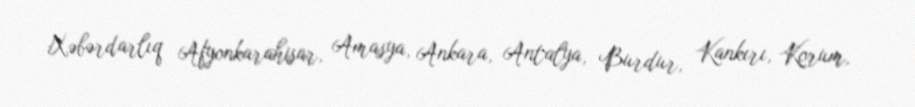
Xəbərdarlıq Afyonkarahisar, Amasya, Ankara, Antalya, Burdur, Kankırı, Korum,